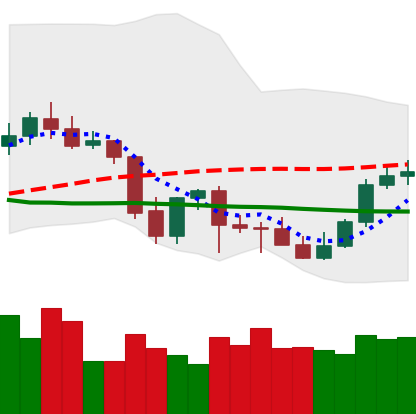
Ticker: LTC-USD
Chart end date: 2021-10-03
Forward return: 3.143%
Label: up_3_5